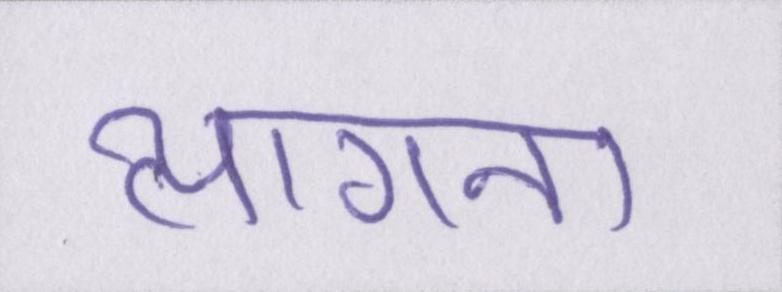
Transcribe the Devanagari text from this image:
त्यागना